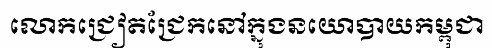
លោកជ្រៀតជ្រែកនៅក្នុងនយោបាយកម្ពុជា